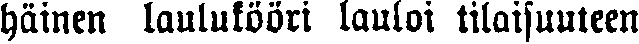
häinen laulukööri lauloi tilaisuuteen